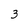
Character: 3